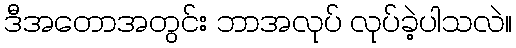
ဒီအတောအတွင်း ဘာအလုပ် လုပ်ခဲ့ပါသလဲ။